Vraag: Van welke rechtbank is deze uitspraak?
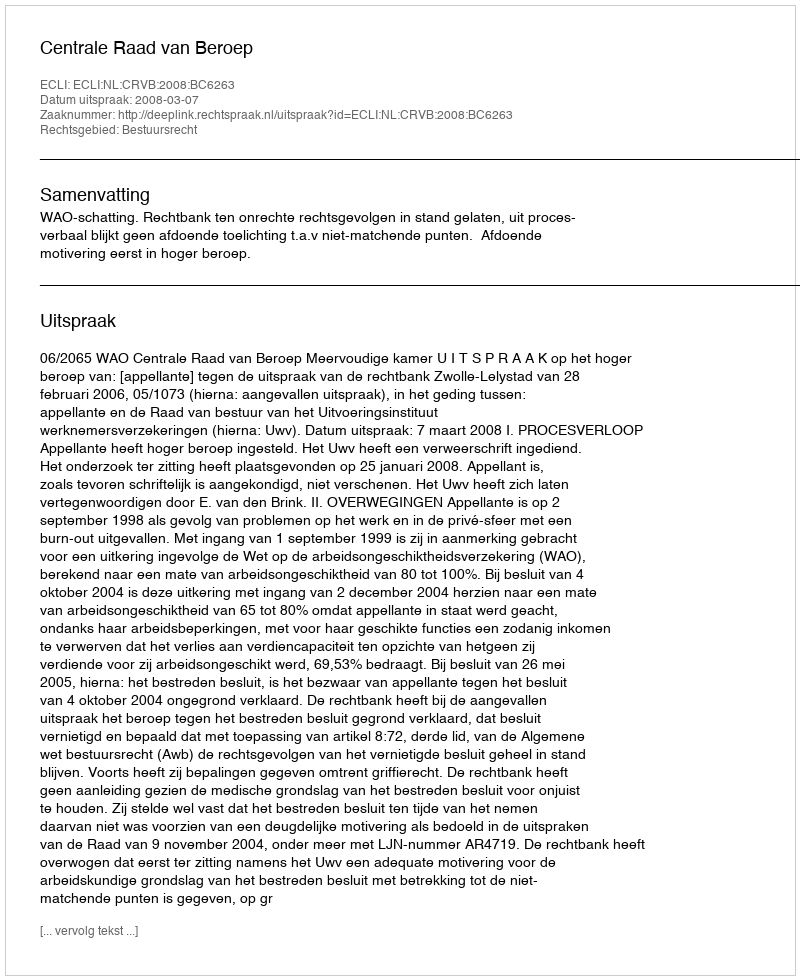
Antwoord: Centrale Raad van Beroep